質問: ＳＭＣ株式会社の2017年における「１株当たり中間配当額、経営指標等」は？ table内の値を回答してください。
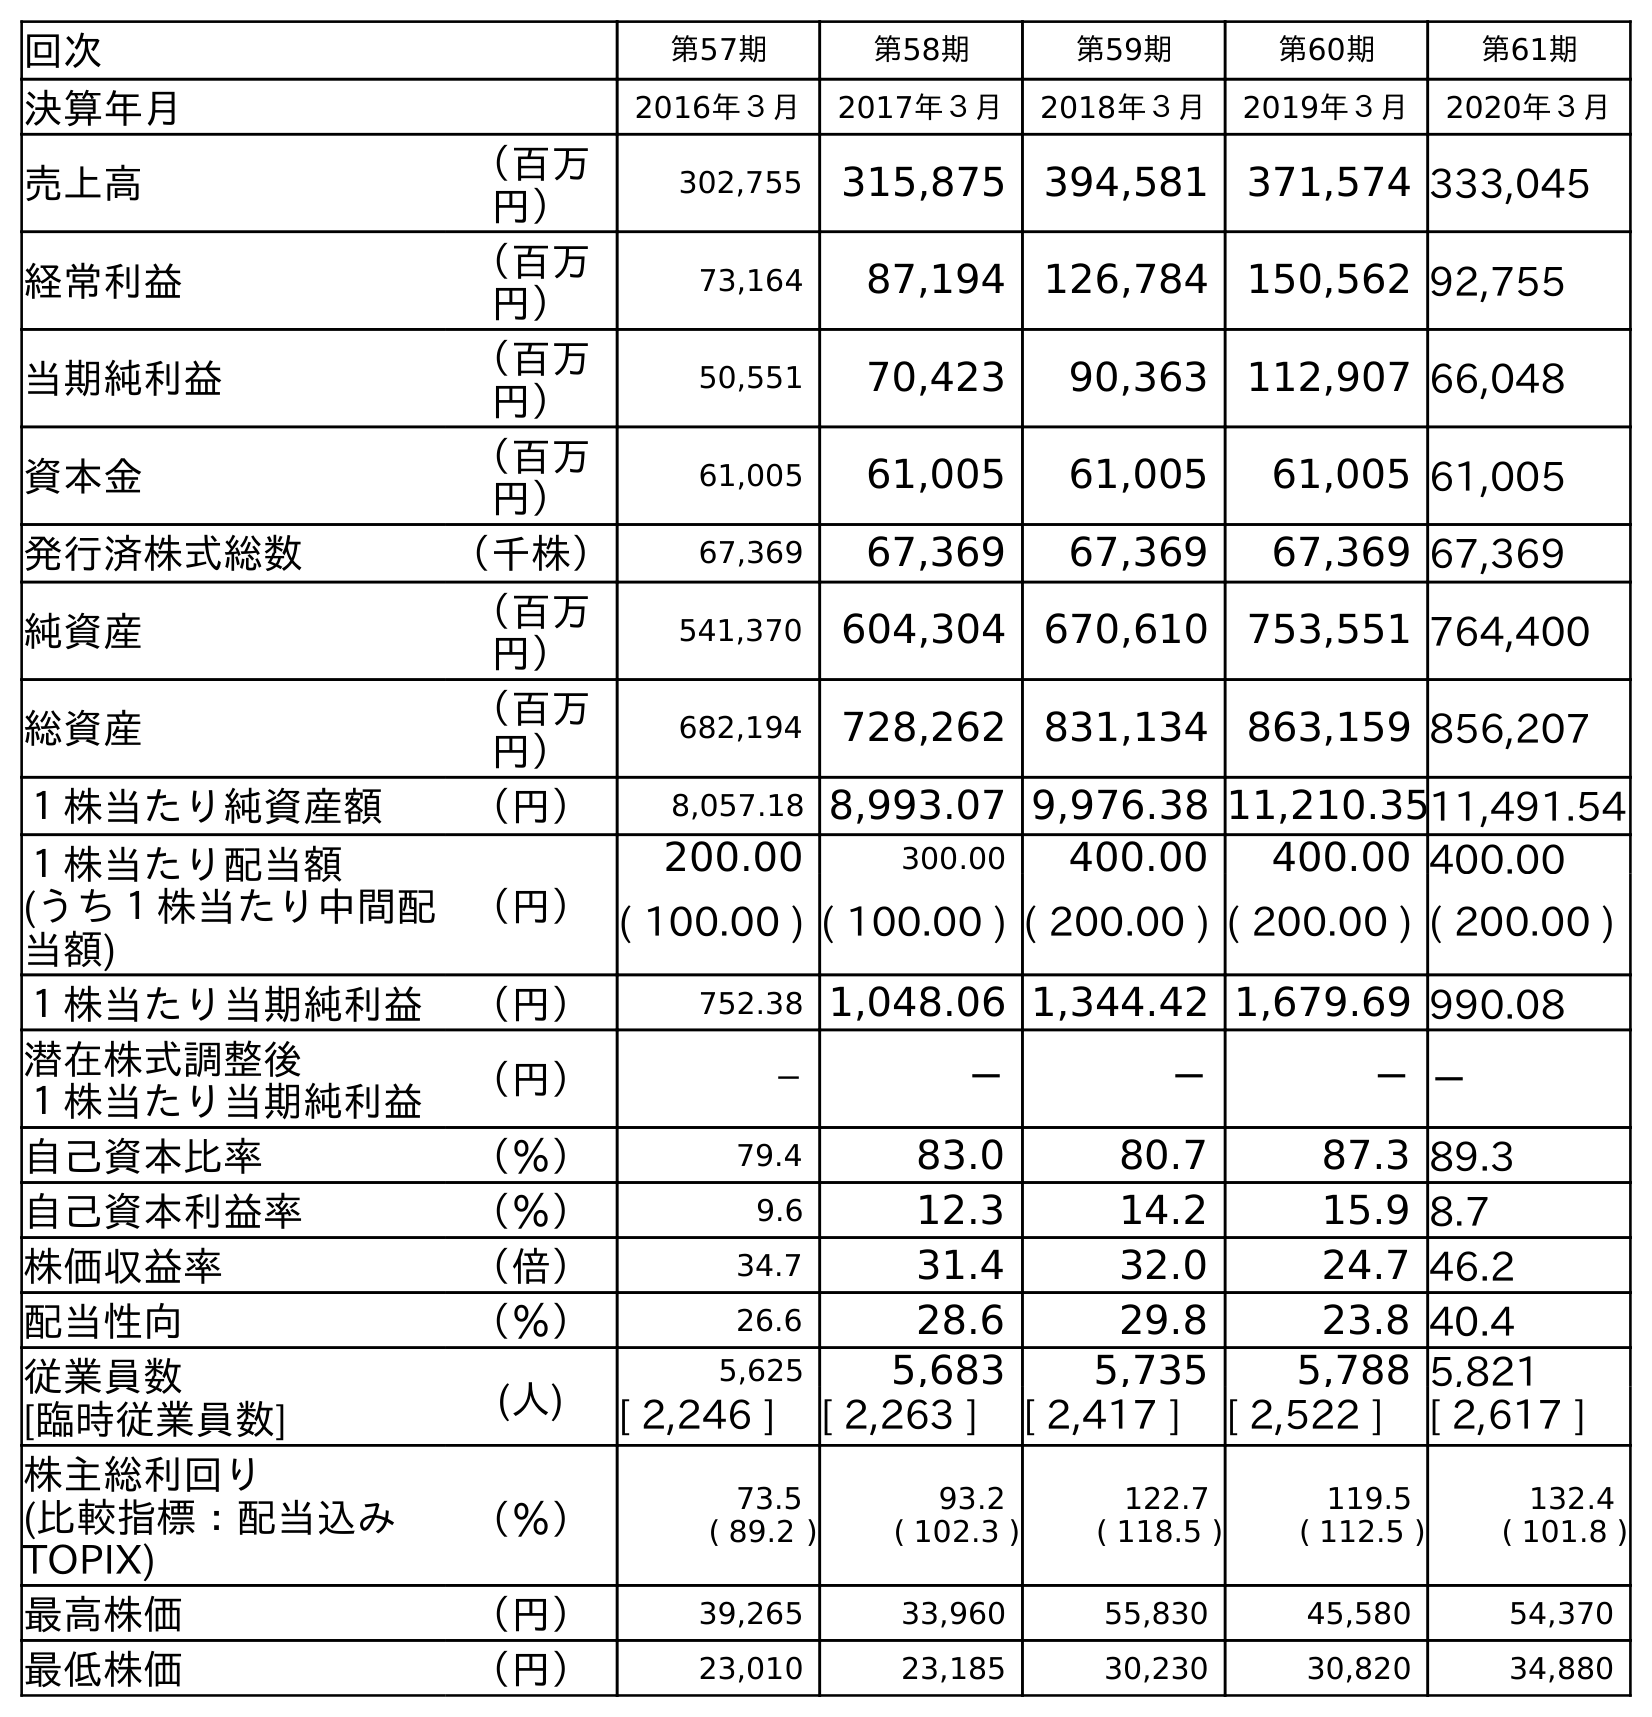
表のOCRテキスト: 回次 第57期 第58期 第59期 第60期 第61期 決算年月 2016年３月 2017年３月 2018年３月 2019年３月 2020年３月 売上高 （百万 円） 302,755 315,875 394,581 371,574 333,045 経常利益 （百万 円） 73,164 87,194 126,784 150,562 92,755 当期純利益 （百万 円） 50,551 70,423 90,363 112,907 66,048 資本金 （百万 円） 61,005 61,005 61,005 61,005 61,005 発行済株式総数 （千株） 67,369 67,369 67,369 67,369 67,369 純資産 （百万 円） 541,370 604,304 670,610 753,551 764,400 総資産 （百万 円） 682,194 728,262 831,134 863,159 856,207 １株当たり純資産額 （円） 8,057.18 8,993.07 9,976.38 11,210.3511,491.54 １株当たり配当額 (うち１株当たり中間配 当額) （円） 200.00 300.00 400.00 400.00 400.00 ( 100.00 ) ( 100.00 ) ( 200.00 ) ( 200.00 ) ( 200.00 ) １株当たり当期純利益 （円） 752.38 1,048.06 1,344.42 1,679.69 990.08 潜在株式調整後 １株当たり当期純利益 （円） － － － －－ 自己資本比率 （％） 79.4 83.0 80.7 87.3 89.3 自己資本利益率 （％） 9.6 12.3 14.2 15.9 8.7 株価収益率 （倍） 34.7 31.4 32.0 24.7 46.2 配当性向 （％） 26.6 28.6 29.8 23.8 40.4 従業員数 [臨時従業員数] (人) 5,625 5,683 5,735 5,788 5,821 [ 2,246 ] [ 2,263 ] [ 2,417 ] [ 2,522 ] [ 2,617 ] 株主総利回り (比較指標：配当込み TOPIX) （％） 73.5 ( 89.2 ) 93.2 ( 102.3 ) 122.7 ( 118.5 ) 119.5 ( 112.5 ) 132.4 ( 101.8 ) 最高株価 （円） 39,265 33,960 55,830 45,580 54,370 最低株価 （円） 23,010 23,185 30,230 30,820 34,880
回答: (100.00)